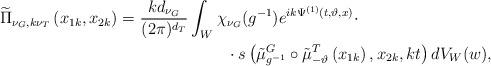
LaTeX: \begin{align*}\begin{multlined}[t][12.5cm]\widetilde{\Pi}_{\nu_{G},k\nu_{T}}\left(x_{1k},x_{2k}\right)=\frac{kd_{\nu_{G}}}{(2\pi)^{d_{T}}}\int_{W}\chi_{\nu_{G}}(g^{-1})e^{ik\Psi^{(1)}(t,\vartheta,x)}\cdot\\\cdot s\left(\tilde{\mu}^{G}_{g^{-1}}\circ\tilde{\mu}^{T}_{-\vartheta}\left(x_{1k}\right),x_{2k},kt\right)dV_{W}(w),\end{multlined}\end{align*}